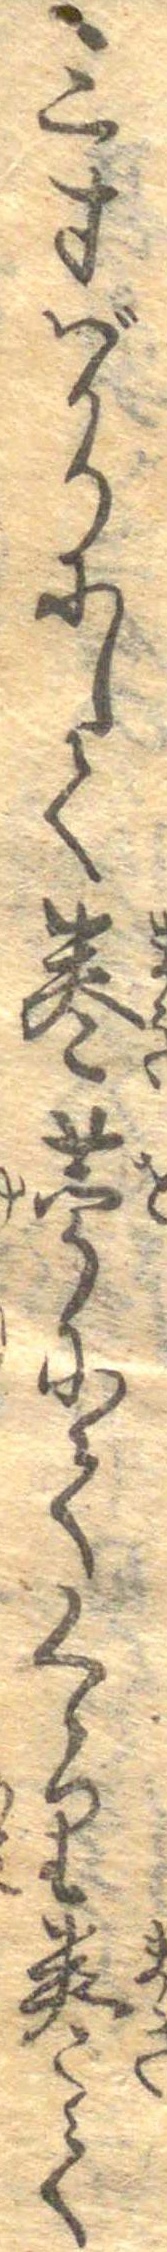
三寸ばかりにして巻苧にてくゝり巻て